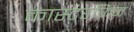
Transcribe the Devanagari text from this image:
कास्टरफिन